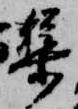
集